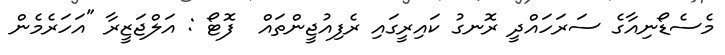
މެސެޑޯނިއާގެ ސަރަހައްދީ ރޮނގު ކައިރީގައި ރެފިއުޖީންތައް  ފޮޓޯ : އަލްޖަޒީރާ "އަހަރެމެން